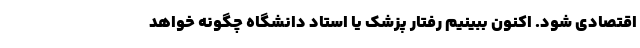
اقتصادی شود. اکنون ببینیم رفتار پزشک یا استاد دانشگاه چگونه خواهد